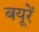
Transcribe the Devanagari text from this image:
बयूरें